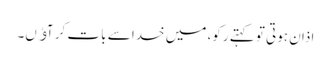
اذان ہوتی تو کہتے رکو، میں خدا سے بات کر آﺅں۔